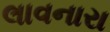
લાવનારા